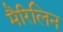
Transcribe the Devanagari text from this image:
मैरिलिन